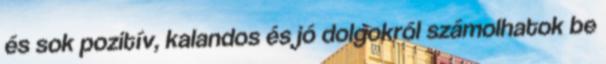
és sok pozitív, kalandos és jó dolgokról számolhatok be